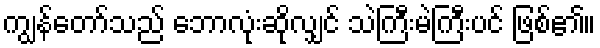
ကျွန်တော်သည် ဘောလုံးဆိုလျှင် သဲကြီးမဲကြီးပင် ဖြစ်၏။